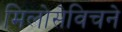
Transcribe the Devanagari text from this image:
मिलोसेविचने